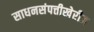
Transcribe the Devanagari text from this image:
साधनसंपत्तीखेरीज